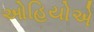
ઓહિયોએ